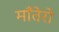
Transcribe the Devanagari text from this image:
माँतेरो